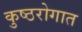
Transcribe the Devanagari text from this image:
कुष्ठरोगात